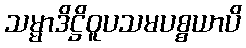
သမ္မာဒိဋ္ဌိဝူပသမပစ္စယာပိ